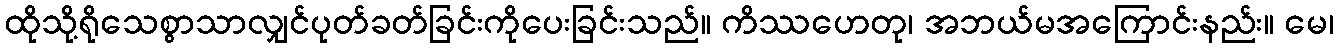
ထိုသို့ရိုသေစွာသာလျှင်ပုတ်ခတ်ခြင်းကိုပေးခြင်းသည်။ ကိဿဟေတု၊ အဘယ်မအကြောင်းနည်း။ မေ၊